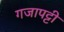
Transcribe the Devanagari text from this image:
गजापट्टी